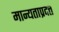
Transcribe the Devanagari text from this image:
मान्यताप्रदत्त